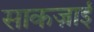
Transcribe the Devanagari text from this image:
साकज़ाई